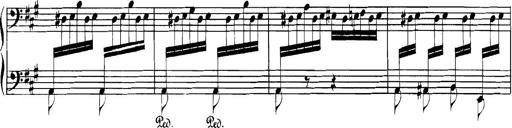
Title: Spinnerlied aus dem Fliegenden HollÃ¤nder
Composer: Franz Liszt